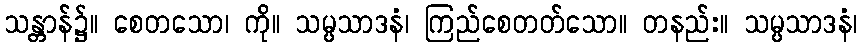
သန္တာန်၌။ စေတသော၊ ကို။ သမ္ပသာဒနံ၊ ကြည်စေတတ်သော။ တနည်း။ သမ္ပသာဒနံ၊